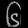
Digit: ၆